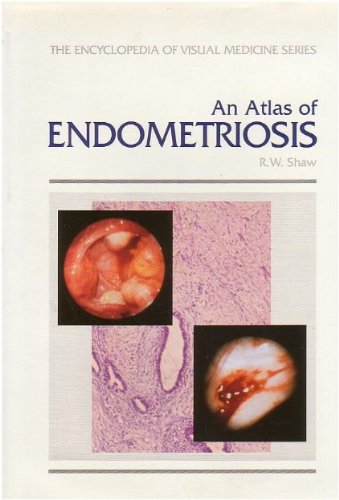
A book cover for An Atlas of Endometriosis; R. W. Shaw; Health, Fitness & Dieting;